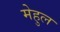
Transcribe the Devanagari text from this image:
मेहुल